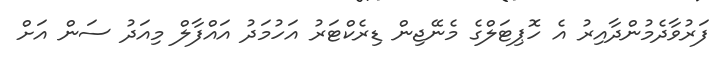
ފަރުވާދެމުންދާއިރު އެ ހޮޕިޓަލްގެ މެނޭޖިން ޑިރެކްޓަރު އަހުމަދު އައްފާލް މިއަދު ސަން އަށް